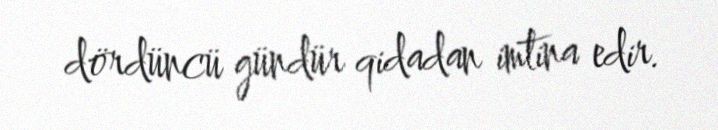
dördüncü gündür qidadan imtina edir.